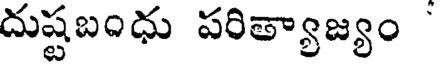
దుష్టబంధు పరిత్యాజ్యం